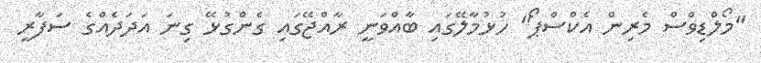
"މޯލްޑިވްސް މެރިން އެކްސްޕޯ" ހުޅުމާލޭގައި ބާއްވަނީ ރާއްޖޭގައި ގެންގުޅޭ ގިނަ އަދަދެއްގެ ސަފާރީ